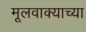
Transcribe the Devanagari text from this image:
मूलवाक्याच्या